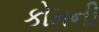
કોમની